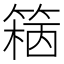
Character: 𥱓